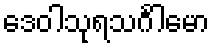
ဒေဝါသုရသင်္ဂါမော